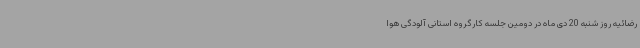
رضائیه روز شنبه 20 دی ماه در دومین جلسه کارگروه استانی آلودگی هوا